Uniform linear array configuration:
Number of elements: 12
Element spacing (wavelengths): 0.5
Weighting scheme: binomial
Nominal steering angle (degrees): -15
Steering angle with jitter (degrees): -13.134
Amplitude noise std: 0.05
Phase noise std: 0.05

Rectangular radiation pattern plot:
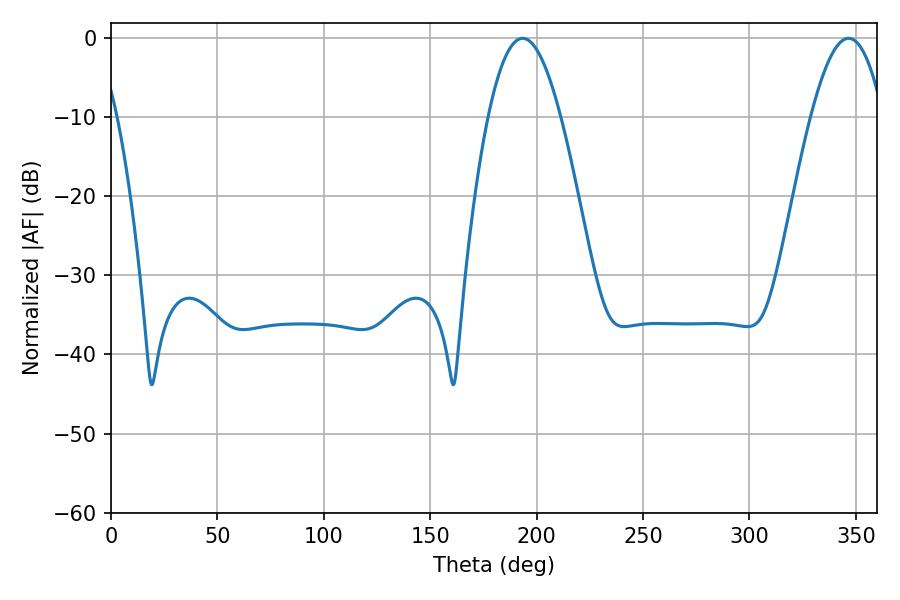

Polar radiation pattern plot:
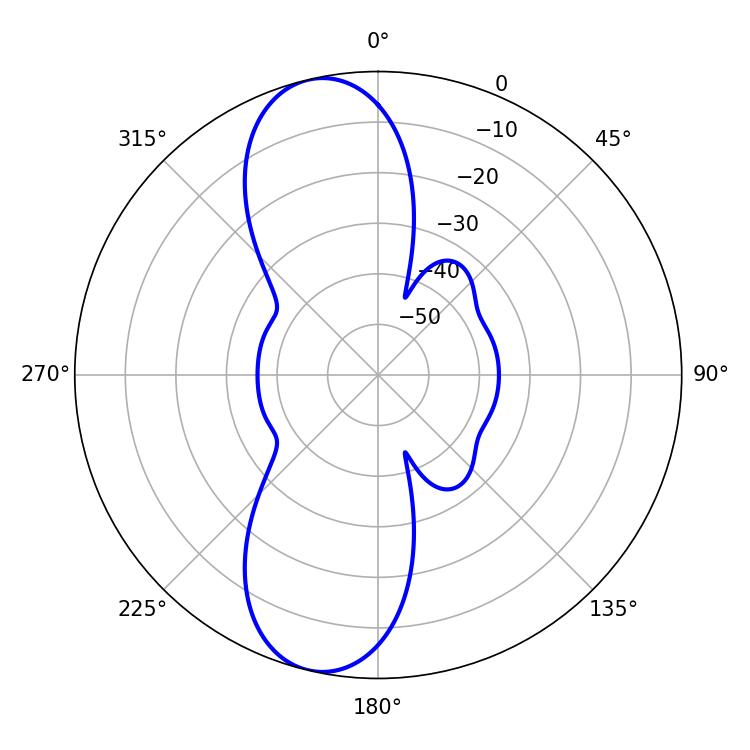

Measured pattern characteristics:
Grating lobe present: FALSE
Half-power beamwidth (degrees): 18.54
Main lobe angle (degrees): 193.5